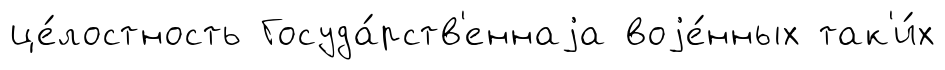
це́лостность Госуда́рств'еннаjа воjе́нных так'и́х